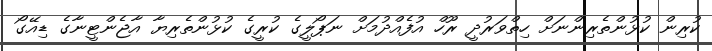
ކުރިން ކުޅުންތެރިންނަށް ހިތްވަރުދީ ރޫހް އުފެއްދުމަށް ނަޕޯލީގެ ކުރީގެ ކުޅުންތެރިޔާ އާޖެންޓީނާގެ ޑިއޭގޯ